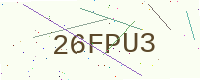
Text: 26FPU3